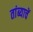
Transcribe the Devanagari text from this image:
तांब्याचें